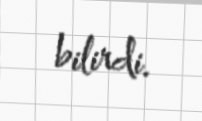
bilirdi.